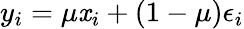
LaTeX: y_{i}=\mu\mathit{x}_{i}+(1-\mu)\epsilon_{i}